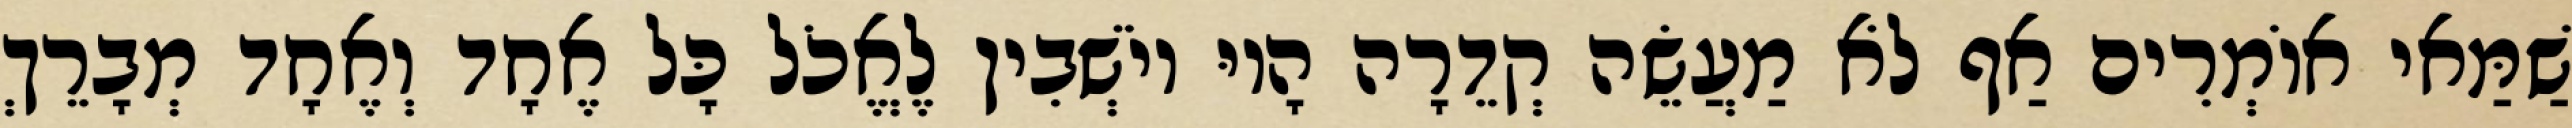
שַׁמַּאי אוֹמְרִים אַף לֹא מַעֲשֵׂה קְדֵרָה הָיוּ יוֹשְׁבִין לֶאֱכֹל כָּל אֶחָד וְאֶחָד מְבָרֵךְ